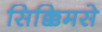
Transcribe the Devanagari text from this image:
सिक्किमसे